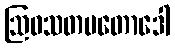
ဩဓသတပတောဒေါ